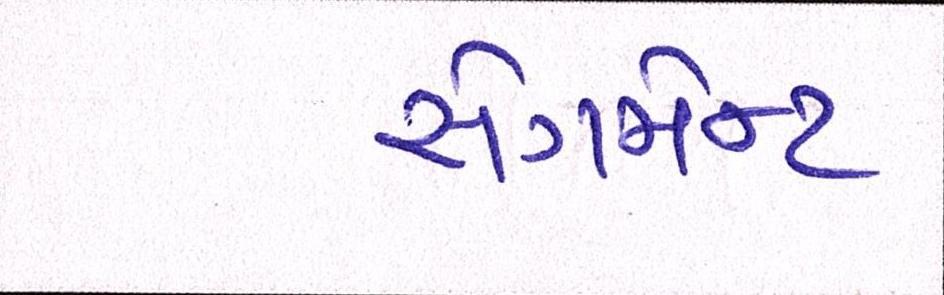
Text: સેગમેન્ટ